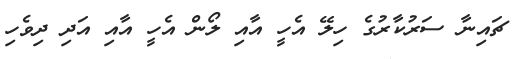
ޗައިނާ ސަރުކާރުގެ ހިލޭ އެހީ އާއި ލޯން އެހީ އާއި އަދި ދިވެހި